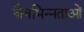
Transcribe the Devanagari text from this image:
जैवभिन्नताओं